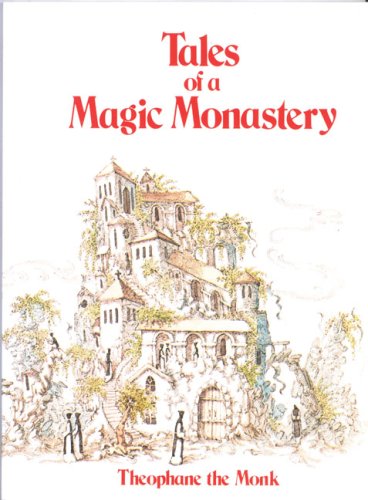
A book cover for Tales of a Magic Monastery (Tales Magic Monastry Ppr); Theopane the Monk; Christian Books & Bibles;